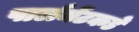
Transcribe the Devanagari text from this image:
पार्लमेंटकडे